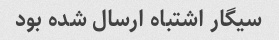
سیگار اشتباه ارسال شده بود